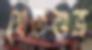
শ্বেতশুভ্র